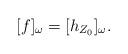
LaTeX: \begin{align*} [f]_\omega = [h_{Z_0}]_\omega. \end{align*}